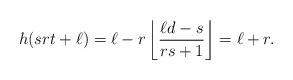
LaTeX: \begin{align*}h(srt+\ell)=\ell-r\left\lfloor \frac{\ell d-s}{rs+1}\right\rfloor = \ell+r.\end{align*}